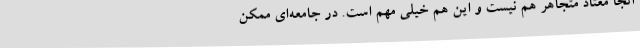
آنجا معتاد متجاهر هم نیست و این هم خیلی مهم است. در جامعه‌ای ممکن